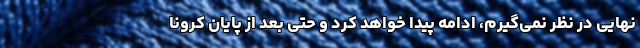
نهایی در نظر نمی‌گیرم، ادامه پیدا خواهد کرد و حتی بعد از پایان کرونا